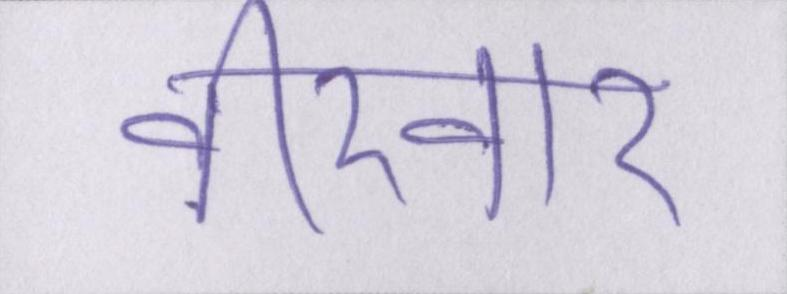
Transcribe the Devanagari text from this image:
वीरवार